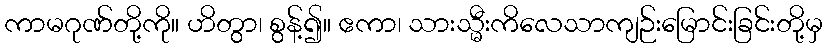
ကာမဂုဏ်တို့ကို။ ဟိတွာ၊ စွန့်၍။ ဧကာ၊ သားသ္မီးကိလေသာကျဉ်းမြောင်းခြင်းတို့မှ